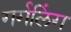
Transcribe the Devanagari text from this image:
गर्गलिंग